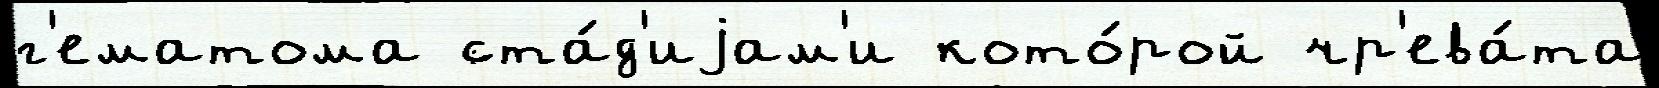
г'ематома ста́д'иjам'и кото́рой чр'ева́та